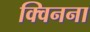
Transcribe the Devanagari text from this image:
क्विनना